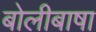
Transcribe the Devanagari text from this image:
बोलीबाषा